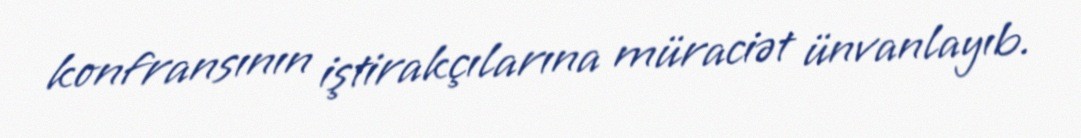
konfransının iştirakçılarına müraciət ünvanlayıb.